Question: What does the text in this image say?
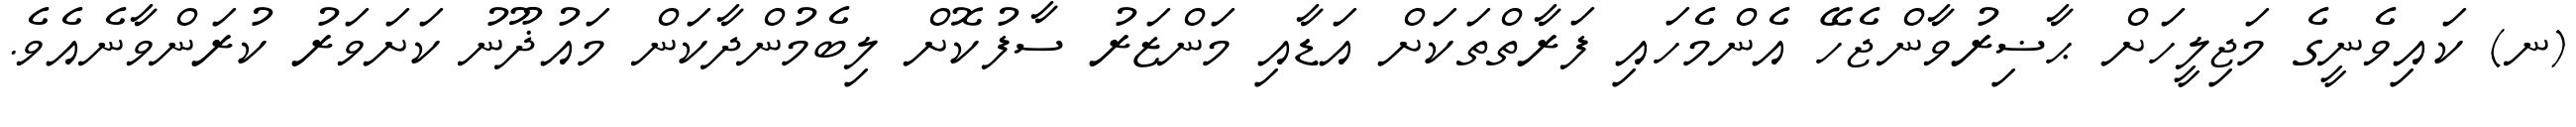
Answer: (ނ) ކައިވެނީގެ މަޖިލީހަށް ޙާޟިރުވާންޖެހޭ އެންމެހައި ފަރާތްތަކަށް އަޑާއި މަންޒަރު ސާފުކޮށް ލިބެމުންދާކަން މައުޛޫނު ކަށަވަރު ކުރަންވާނެއެވެ.